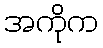
အကိုက